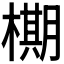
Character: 𬄙